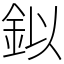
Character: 鉯